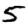
Digit: 5